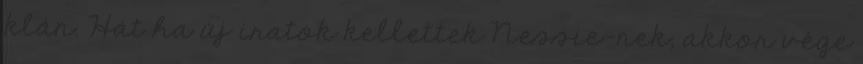
klán. Hát ha új iratok kellettek Nessie-nek, akkor vége